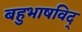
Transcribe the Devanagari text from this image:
बहुभाषविद्